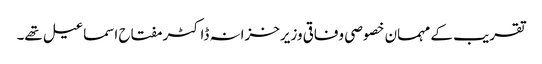
تقریب کے مہمان خصوصی وفاقی وزیرخزانہ ڈاکٹر مفتاح اسماعیل تھے۔